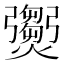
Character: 𤑵